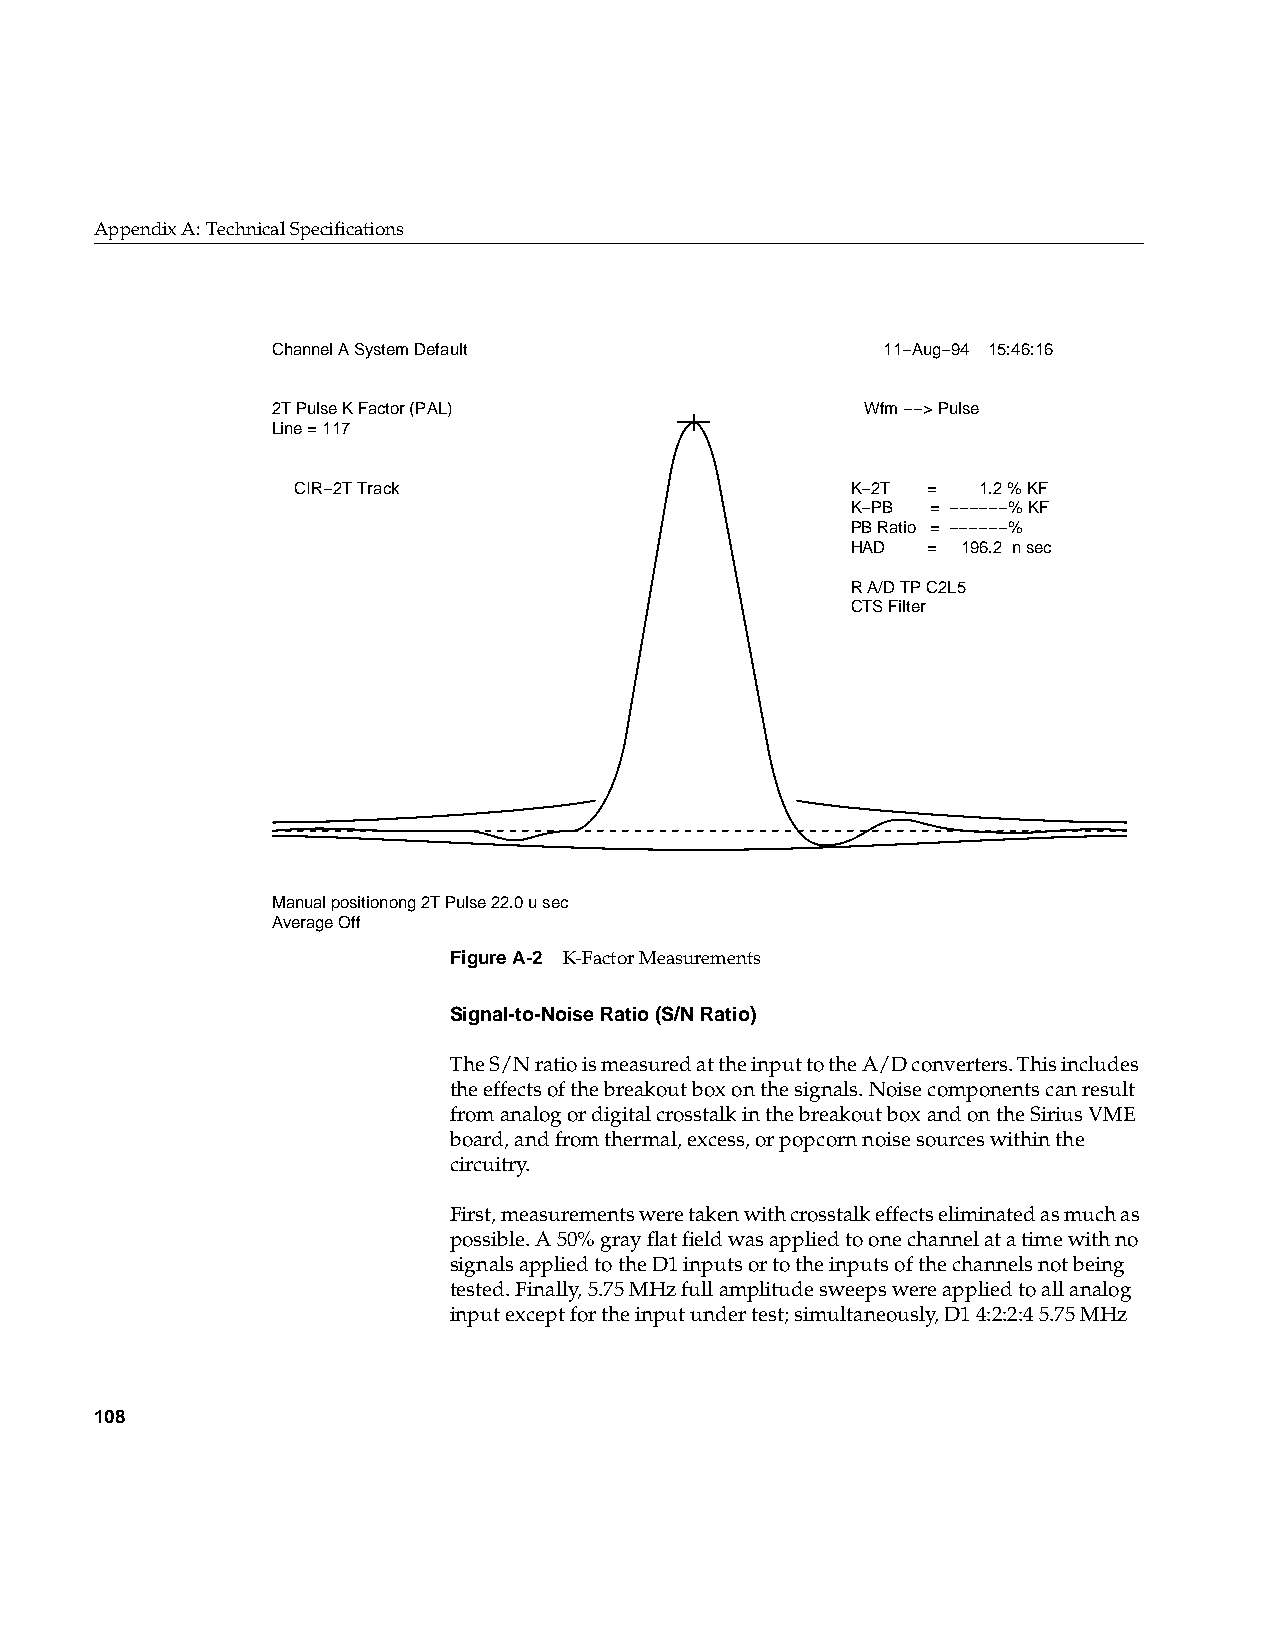
AppendixA: Technical Specifications
 Channel A System Default                11−Aug−94 15:46:16
 2T Pulse K Factor (PAL)                Wfm −−> Pulse
 Line = 117
 CIR−2T Track                        K−2T =   1.2 % KF
 K−PB  = −−−−−−% KF
 PB Ratio = −−−−−−%
 HAD  =  196.2 n sec
 R A/D TP C2L5
 CTS Filter
 Manual positionong 2T Pulse 22.0 u sec
 Average Off
 FigureA-2 K-Factor Measurements
 Signal-to-Noise Ratio (S/N Ratio)
 The S/N ratio is measured at the input to the A/D converters. This includes
 the effects of the breakout box on the signals. Noise components can result
 from analog or digital crosstalk in the breakout box and on the Sirius VME
 board, and from thermal, excess, or popcorn noise sources within the
 circuitry.
 First, measurements were taken with crosstalk effects eliminated as much as
 possible. A 50% gray flat field was applied to one channel at a time with no
 signals applied to the D1 inputs or to the inputs of the channels not being
 tested. Finally, 5.75 MHz full amplitude sweeps were applied to all analog
 input except for the input under test; simultaneously, D1 4:2:2:4 5.75 MHz
 108